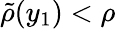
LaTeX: \tilde{\rho}(y_{1})<\rho